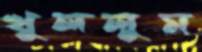
খুললুম